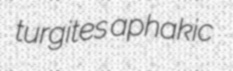
turgites aphakic